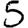
Digit: 5